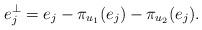
LaTeX: \begin{align*} e_j^\perp &= e_j - \pi_{u_1}(e_j)-\pi_{u_2}(e_j). \end{align*}